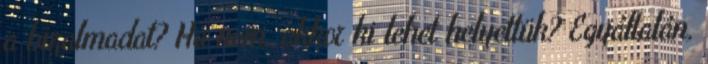
a bizalmadat? Ha nem, akkor ki lehet helyettük? Egyáltalán,